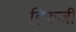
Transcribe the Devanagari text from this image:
हिरुजी